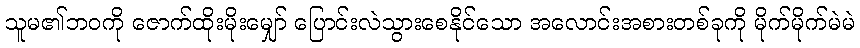
သူမ၏ဘဝကို ဇောက်ထိုးမိုးမျှော် ပြောင်းလဲသွားစေနိုင်သော အလောင်းအစားတစ်ခုကို မိုက်မိုက်မဲမဲ